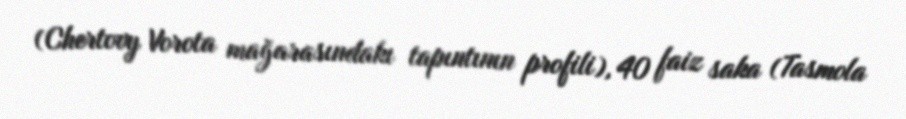
(Chertovy Vorota mağarasındakı tapıntının profili), 40 faiz saka (Tasmola